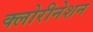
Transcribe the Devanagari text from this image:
क्लोरीनेशन